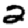
Digit: 2